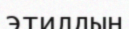
этилдың